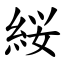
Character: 䋝